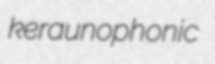
keraunophonic